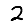
Digit: 2